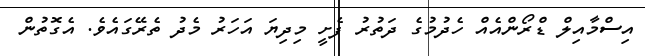
އިސްމާއިލް ޑްރޯންއެއް ހެދުމުގެ ދަތުރު ފެށީ މިދިޔަ އަހަރު މެދު ތެރޭގައެވެ. އެގޮތުން